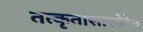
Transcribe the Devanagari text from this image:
तत्कृतासारवेदेन